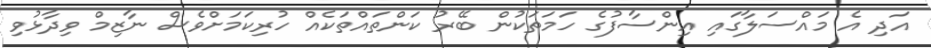
އަދި އެ މައްސަލާގައި އިންސާފުގެ ހަމަތަކުން ބޭރު ކަންތައްތަކެއް ހުރިކަމަށްވެސް ނާޒިމް ވިދާޅުވި